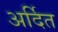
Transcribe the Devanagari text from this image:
अर्दित